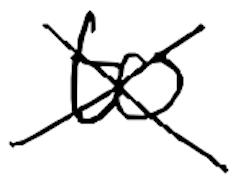
Text: to
Cross-out: cross
Writing tool: digital_black